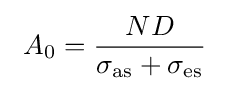
~A_{0}={\frac {ND}{\sigma _{\rm {as}}+\sigma _{\rm {es}}}}~